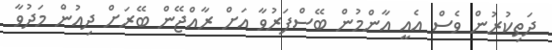
ދަތިކުރުން ވެސް އެއީ އާންމުން ބޭސްފަރުވާ އަށް ރާއްޖޭން ބޭރަށް ދިއުން މަދުވާ